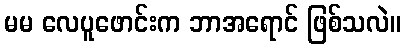
မမ လေပူဖောင်းက ဘာအရောင် ဖြစ်သလဲ။